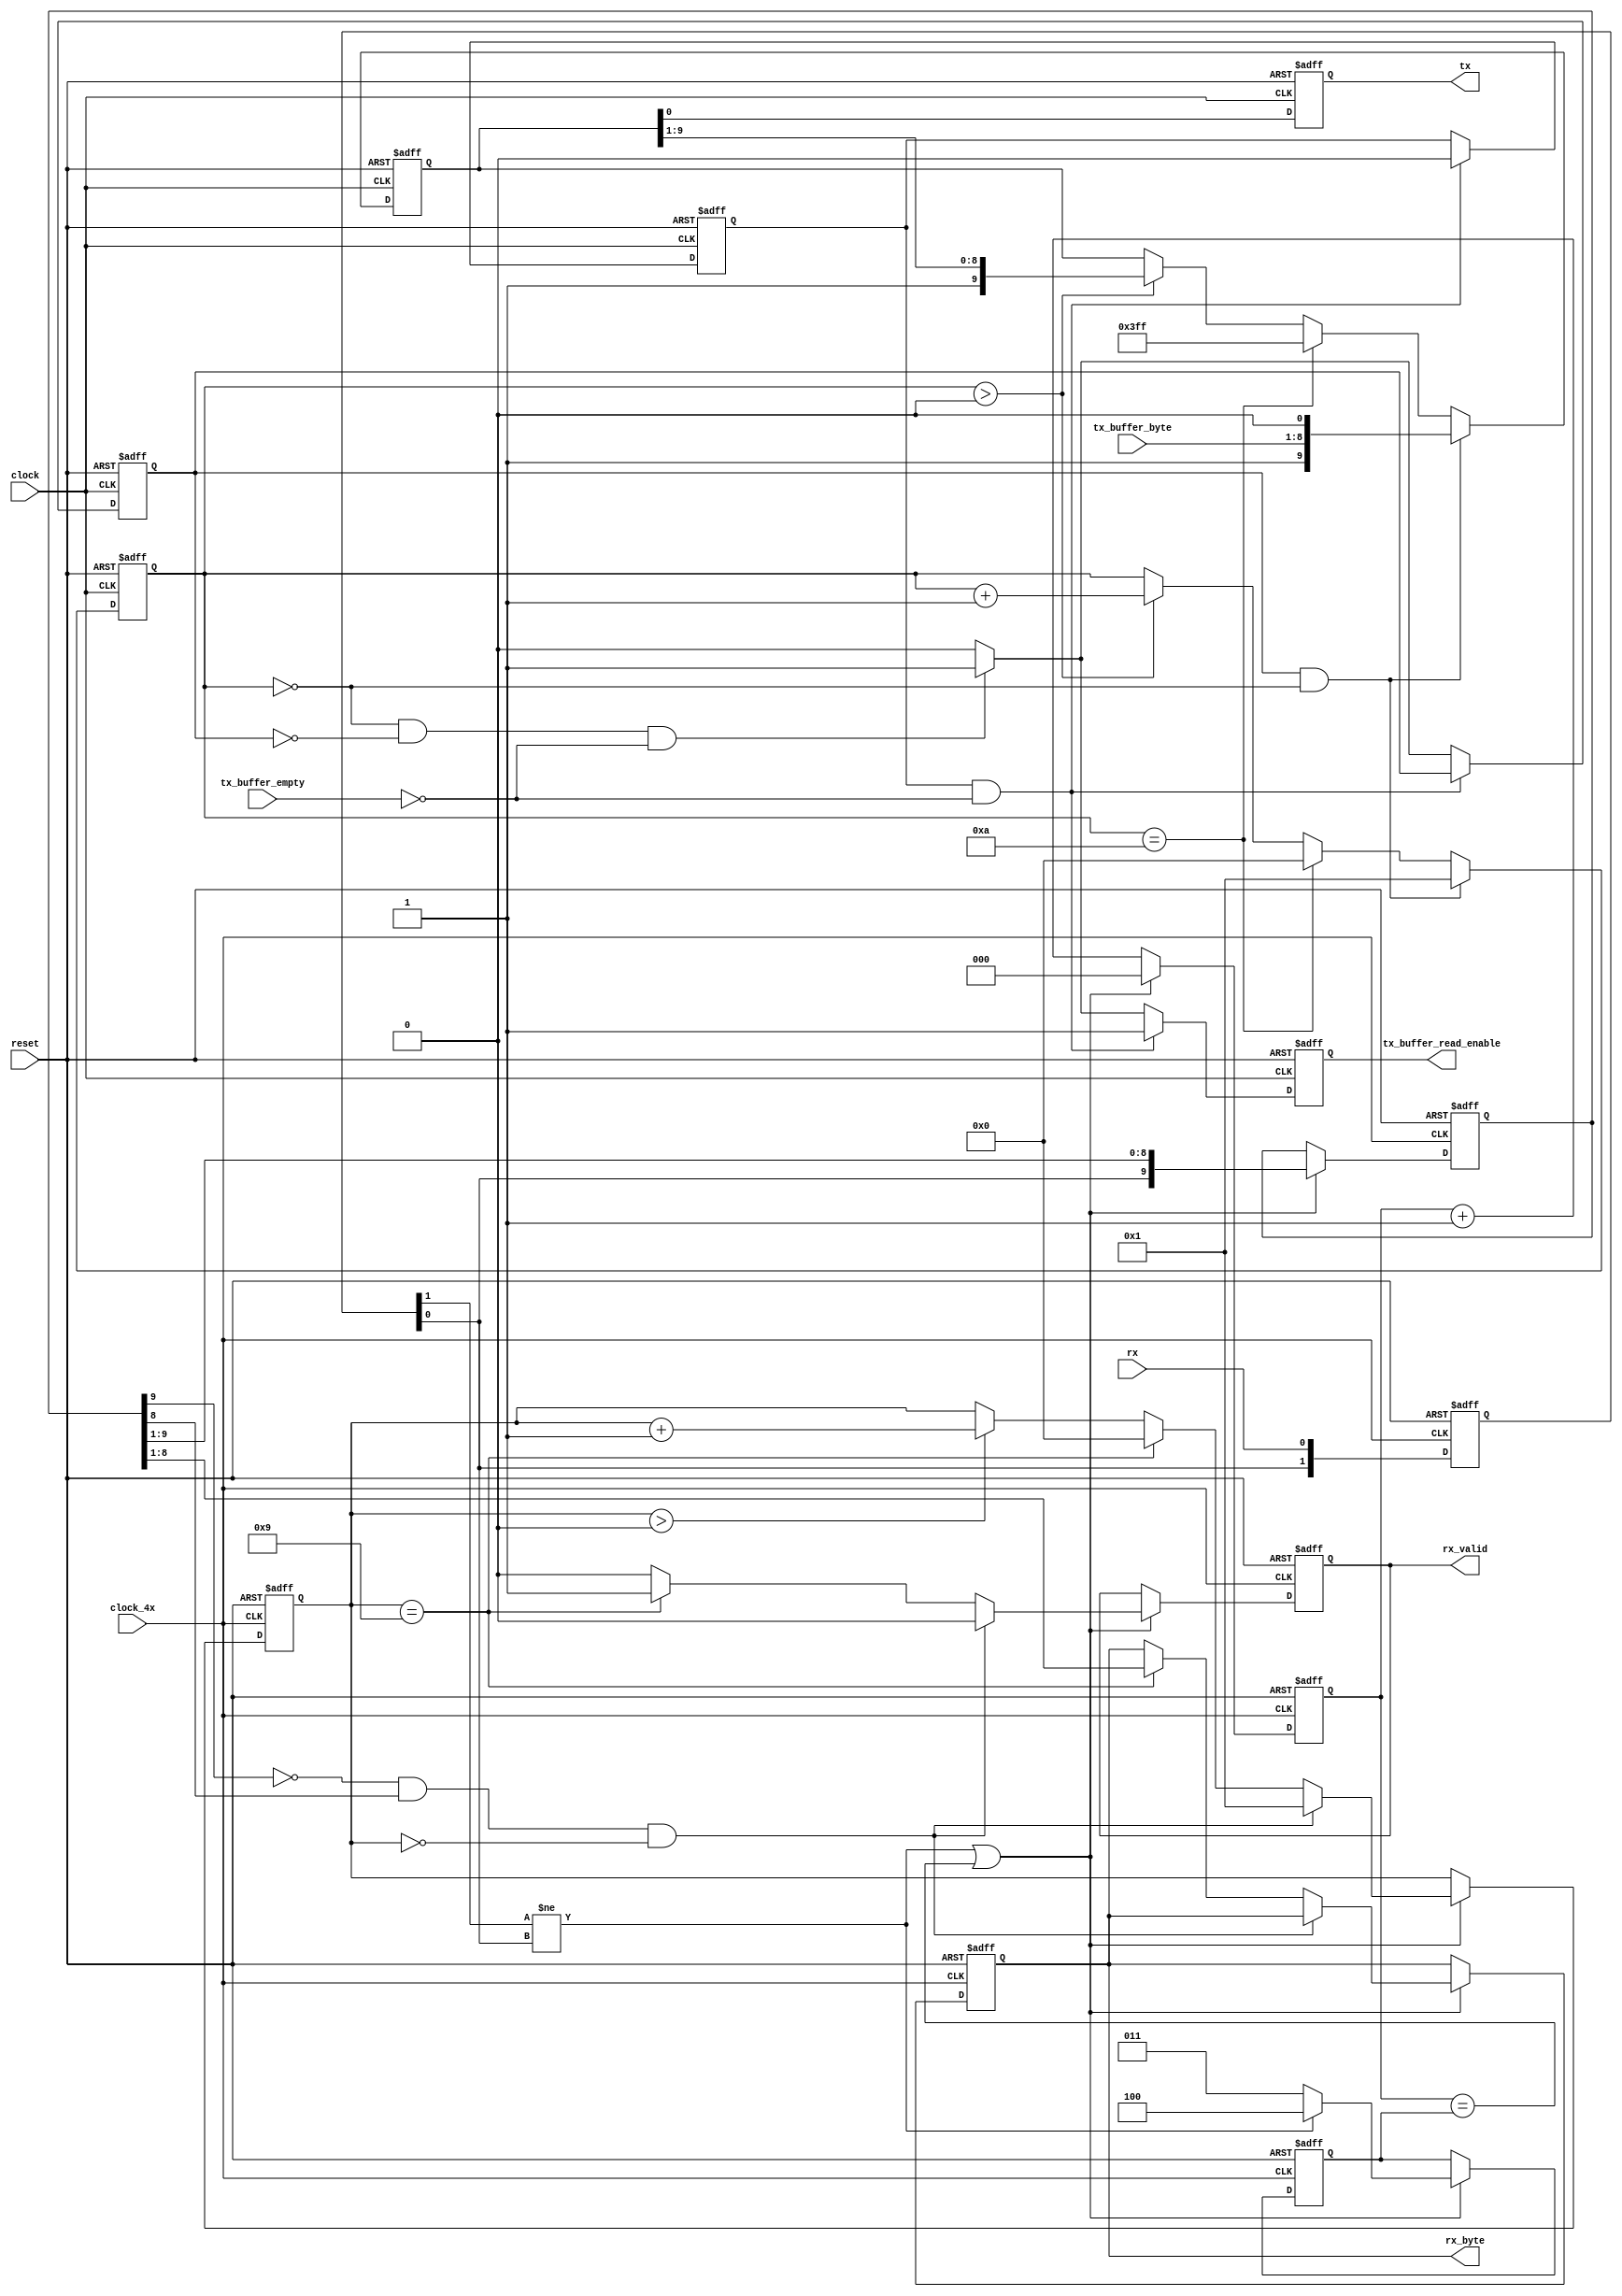
module rs232_decoder_encoder ( clock, clock_4x, reset, rx, tx, rx_byte, rx_valid,
                                tx_buffer_empty, tx_buffer_byte, tx_buffer_read_enable);


input				clock;
input               clock_4x;
input				reset;
input				rx;

input                       tx_buffer_empty;
input       [7:0]           tx_buffer_byte;

output reg                  tx_buffer_read_enable;

output reg			tx;
output reg	[7:0]	rx_byte;
output reg 			rx_valid;

reg [9:0] incoming_data;
reg [3:0] rx_count;

reg [1:0] rx_reg;
reg [2:0] rx_sample_count;
reg [2:0] rx_sample_time;


always@(posedge clock_4x or posedge reset)
    begin
        if(reset)
            begin
                rx_reg          <= 1'b0;
                rx_sample_time  <= 3'h4;
                rx_sample_count <= 3'h0;
                
                rx_byte         <= 8'h00;
			    rx_valid        <= 1'b0;
			    incoming_data   <= 10'h000;
			    rx_count        <= 4'h0;
            end
        else
            begin
                rx_reg  <= {rx_reg[0],rx};
                if((rx_reg[1] != rx_reg[0]) || (rx_sample_count == rx_sample_time))
                    begin
                        rx_sample_count <= 3'h0;
                        if(rx_reg[1] != rx_reg[0])
                            rx_sample_time  <= 3'h4;
                        else 
                            rx_sample_time  <= 3'h3;
                   
                        incoming_data[9:0] <= {rx_reg[0], incoming_data[9:1]};
			            if((incoming_data[9] == 1'b0) && (incoming_data[8] == 1'b1) && (rx_count == 0))
				            begin
					            rx_count    <= 1;
					            rx_valid    <= 0;
				            end
			            else if(rx_count == 9)
				            begin
					            rx_count    <= 0;
					            rx_byte     <= incoming_data[8:1];
					            rx_valid    <= 1;
				            end
			            else if(rx_count > 0)
				            begin
					            rx_count    <= rx_count + 1;
					            rx_valid    <= 0;
				            end
			            else
				            rx_valid <= 0;   
				    end
                else
                    rx_sample_count <= rx_sample_count + 3'h1;
            end
    end


reg [9:0]               outgoing_data;
reg [3:0]               tx_count;
reg                     tx_start;
reg                     first_read;

always@(posedge clock or posedge reset)
	begin
	if(reset)
		begin
			tx                      <= 1'b1;
			outgoing_data           <= 10'h3FF;
			tx_count                <= 0;
			tx_start                <= 0;
			tx_buffer_read_enable   <= 0;
			first_read              <= 1;
		end
	else
		begin
			tx  <= outgoing_data[0];
			
			if((first_read == 1'b1) && (tx_buffer_empty == 0))
	            begin
	                tx_buffer_read_enable   <= 1;
	                first_read              <= 0;
	            end
			else if((tx_count == 0) && (tx_start == 0) && (tx_buffer_empty == 0))
			    begin
	                tx_start                <= 1;
	                tx_buffer_read_enable   <= 1;
			    end
			 else
			    begin
                    tx_start                <= 0;
                    tx_buffer_read_enable   <= 0;
                end
			    
			
			if((tx_start == 1'b1) && (tx_count == 0))
				begin
				    outgoing_data   <= {1'b1, tx_buffer_byte, 1'b0};
					tx_count        <= 1;
				end
			else if(tx_count == 10)
				begin
					outgoing_data   <= 10'h3FF;
					tx_count        <= 0;
				end
			else if(tx_count > 0)
				begin
					outgoing_data   <= {1'b1, outgoing_data[9:1]};
					tx_count        <= tx_count + 1;
				end
		end
	end


endmodule